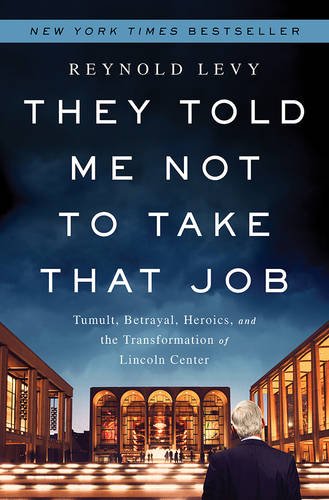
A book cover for They Told Me Not to Take that Job: Tumult, Betrayal, Heroics, and the Transformation of Lincoln Center; Reynold Levy; Humor & Entertainment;